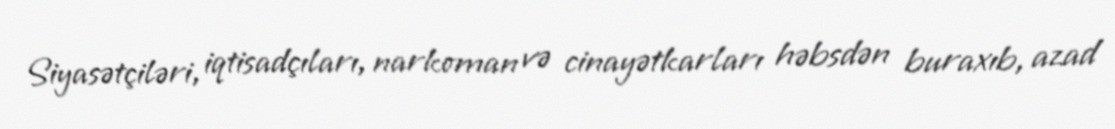
Siyasətçiləri, iqtisadçıları, narkoman və cinayətkarları həbsdən buraxıb, azad